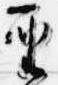
聖